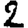
Digit: 2